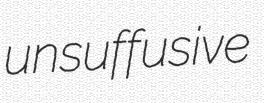
unsuffusive